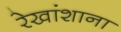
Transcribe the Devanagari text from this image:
रेखांशाना